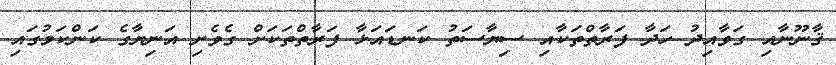
ޤާނޫނާއި ގަވާއިދު ހަދާ ފަރާތްތަކާއި ސިޔާސަތު ކަނޑައަޅާ ފަރާތްތަކަށް ގެވެށި އަނިޔާގެ ކަންކަމުގައި